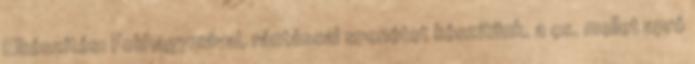
Elkészítés: Fokhagymával, rántással spenótot készítünk. a cs. mellet apró